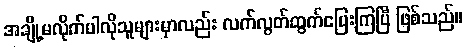
အချို့မလိုက်ပါလိုသူများမှာလည်း လက်လွတ်ထွက်ပြေးကြပြီ ဖြစ်သည်။